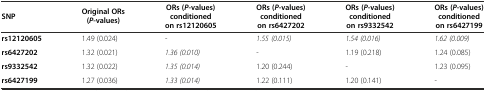
<table><thead><tr><td><b>SNP</b></td><td><b>Original ORs (<i>P</i>-values)</b></td><td><b>ORs (<i>P</i>-values) conditioned on rs12120605</b></td><td><b>ORs (<i>P</i>-values) conditioned on rs6427202</b></td><td><b>ORs (<i>P</i>-values) conditioned on rs9332542</b></td><td><b>ORs (<i>P</i>-values) conditioned on rs6427199</b></td></tr></thead><tbody><tr><td><b>rs12120605</b></td><td>1.49 (0.024)</td><td>-</td><td><i>1.55 (0.015)</i></td><td><i>1.54 (0.016)</i></td><td><i>1.62 (0.009)</i></td></tr><tr><td><b>rs6427202</b></td><td>1.32 (0.021)</td><td><i>1.36 (0.010)</i></td><td>-</td><td>1.19 (0.218)</td><td>1.24 (0.085)</td></tr><tr><td><b>rs9332542</b></td><td>1.32 (0.022)</td><td><i>1.35 (0.014)</i></td><td>1.20 (0.244)</td><td>-</td><td>1.23 (0.095)</td></tr><tr><td><b>rs6427199</b></td><td>1.27 (0.036)</td><td><i>1.33 (0.014)</i></td><td>1.22 (0.111)</td><td>1.20 (0.141)</td><td>-</td></tr></tbody></table>